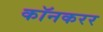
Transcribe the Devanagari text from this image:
कॉनकरर